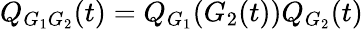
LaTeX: Q_{G_{1}G_{2}}(t)=Q_{G_{1}}(G_{2}(t))Q_{G_{2}}(t)